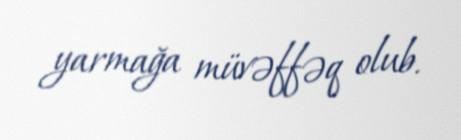
yarmağa müvəffəq olub.